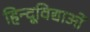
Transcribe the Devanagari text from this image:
हिन्दूविद्याओं